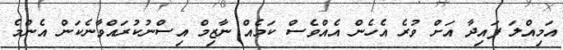
އަމިއްލަ ފައިދާ އަށް ވުރެ އެހެން އެއްވެސް ކަމެއް ނާޒިމް އިސްނުކުރައްވާނެކަން އެންމެ